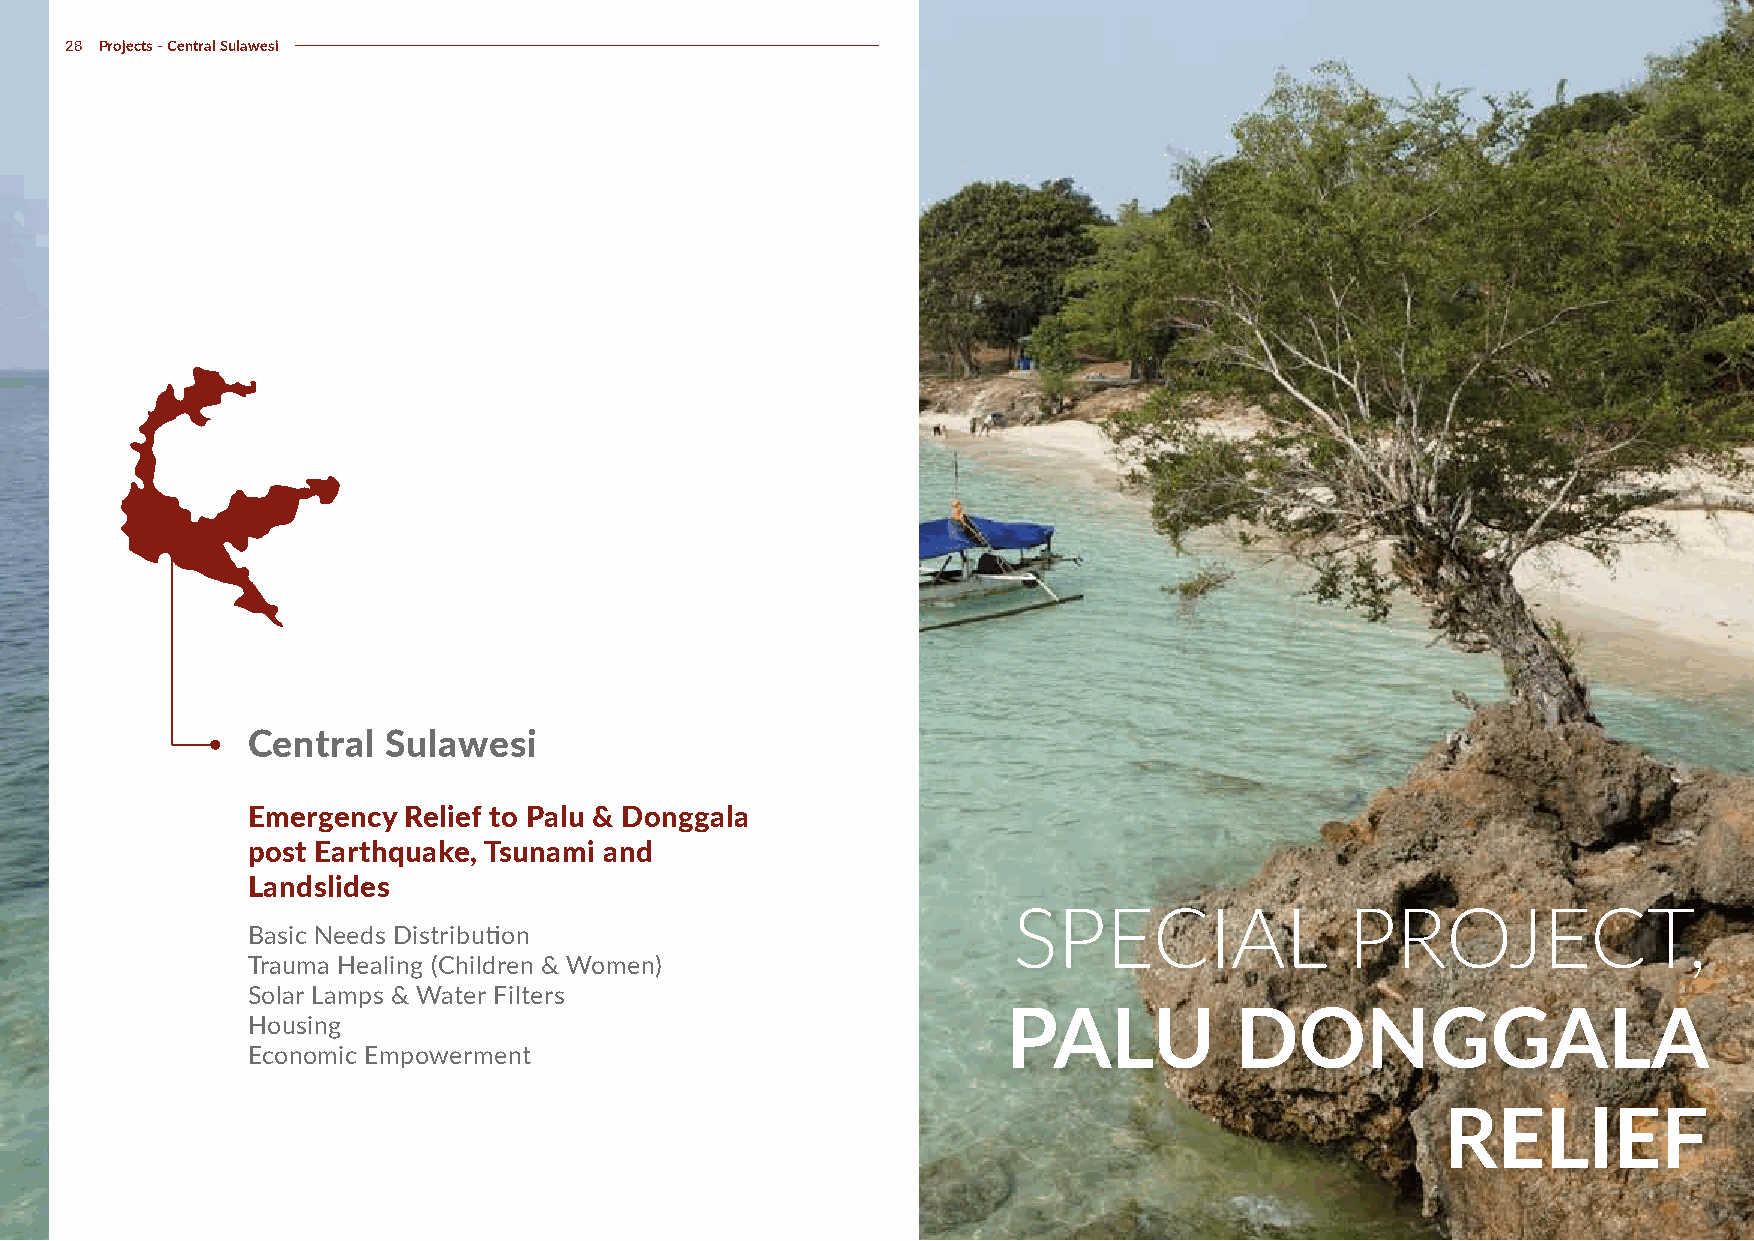
28 Projects - Central Sulawesi
 Central  Sulawesi
 Emergency  Relief to Palu & Donggala
 post Earthquake, Tsunami and
 Landslides
 SPECIAL               PROJECT,
 Basic Needs Distribution
 Trauma Healing (Children & Women)
 Solar Lamps & Water Filters
 PALU           DONGGALA
 Housing
 Economic Empowerment
 RELIEF